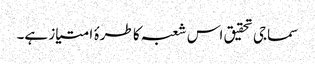
سماجی تحقیق اس شعبہ کا طرۂ امتیاز ہے۔